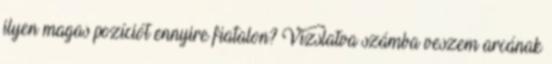
ilyen magas pozíciót ennyire fiatalon? Vizslatva számba veszem arcának